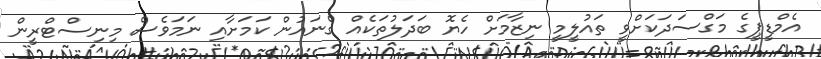
އެމްޑީޕީގެ މަގްސަދަކަށްވީ ތައުލީމީ ނިޒާމަށް ހެޔޮ ބަދަލުތަކެއް ގެނައުން ކަމަށާއި ނަމަވެސް މިނިސްޓްރީން